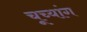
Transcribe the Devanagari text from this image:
चूच्यांग